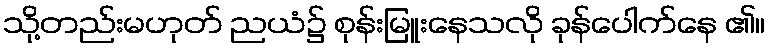
သို့တည်းမဟုတ် ညယံ၌ စုန်းမြူးနေသလို ခုန်ပေါက်နေ ၏။